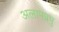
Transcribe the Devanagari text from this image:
अलामप्रभु